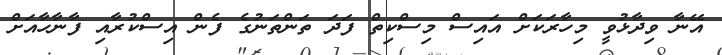
އޭނާ ވިދާޅުވީ މިހާރަކަށް އައިސް މިސްކިތް ފަދަ ތަންތަނުގެ ފެން އިސްކުރާއި ފާނާހާއަށް